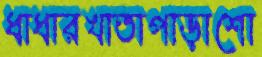
ধাধারখাতাপাড়াশো